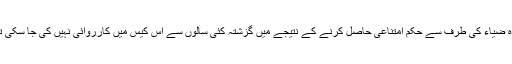
خالدہ ضیاء کی طرف سے حکم امتناعی حاصل کرنے کے نتیجے میں گزشتہ کئی سالوں سے اس کیس میں کارروائی نہیں کی جا سکی تھی۔